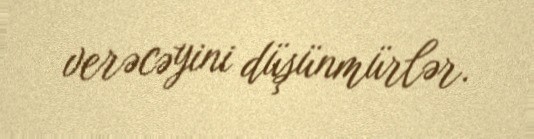
verəcəyini düşünmürlər.